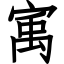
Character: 㝢